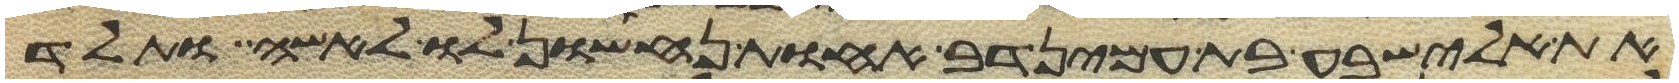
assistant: את אלישבע בת עמינדב אחות נחשון לו לאשה ותלד